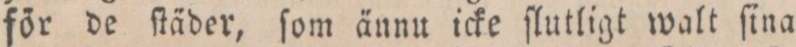
för de ſtäder, ſom ännu icke ſlutligt walt ſina